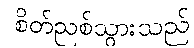
စိတ်ညစ်သွားသည်